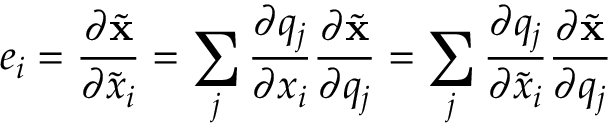
e _ { i } = \frac { \partial \ensuremath { { \widetilde { \mathbf { x } } } } } { \partial \widetilde { x } _ { i } } = \sum _ { j } \frac { \partial q _ { j } } { \partial x _ { i } } \frac { \partial \ensuremath { { \widetilde { \mathbf { x } } } } } { \partial q _ { j } } = \sum _ { j } \frac { \partial q _ { j } } { \partial \widetilde { x } _ { i } } \frac { \partial \ensuremath { { \widetilde { \mathbf { x } } } } } { \partial q _ { j } }